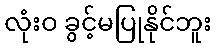
လုံးဝ ခွင့်မပြုနိုင်ဘူး